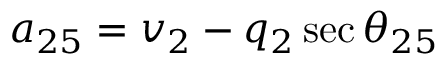
a _ { 2 5 } = v _ { 2 } - q _ { 2 } \sec { \theta _ { 2 5 } }